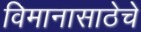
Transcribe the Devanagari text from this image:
विमानासाठेचे